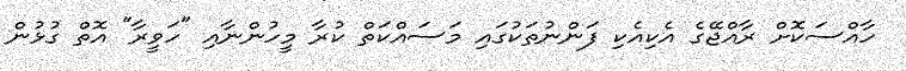
ހާއްސަކޮށް ރާއްޖޭގެ އެކިއެކި ފަންނުތަކުގައި މަސައްކަތް ކުރާ މީހުންނާއި "ހަވީރާ" އޮތް ގުޅުން